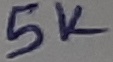
Text: 5K